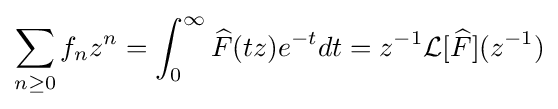
\sum _{n\geq 0}f_{n}z^{n}=\int _{0}^{\infty }{\widehat {F}}(tz)e^{-t}dt=z^{-1}{\mathcal {L}}[{\widehat {F}}](z^{-1})